Annual report on the Civil Veterinary Department, Burma (including the Insein Veterinary School) - 1932-1941
Year: 1932
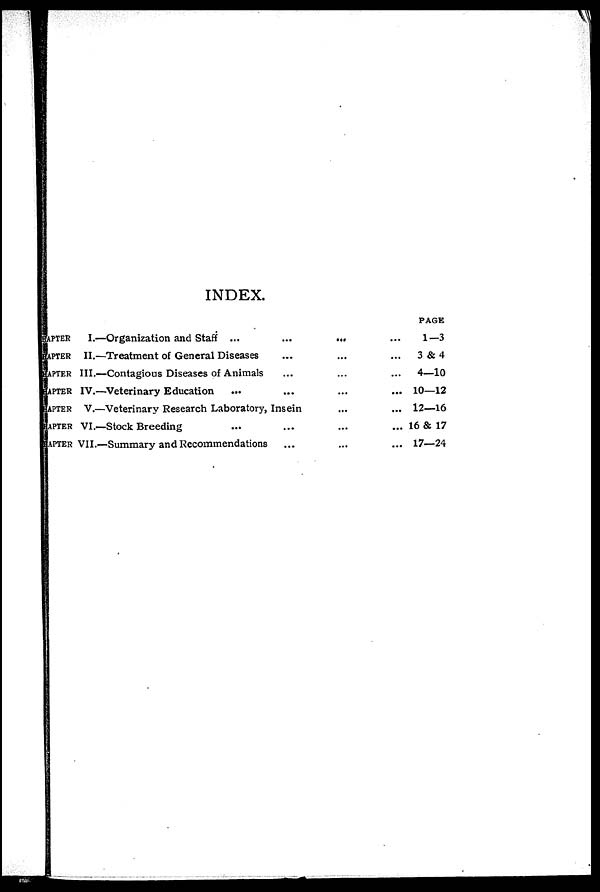
INDEX.
CHAPTER I.—Organization and Staff ...
...
CHAPTER II.—Treatment of General Diseases
...
CHAPTER III.—Contagious Diseases of Animals
...
CHAPTER IV.—Veterinary Education
...
...
CHAPTER V.—Veterinary Research Laboratory, Insein
CHAPTER VI.—Stock Breeding
...
...
CHAPTER VII.—Summary and Recommendations
...
...
...
...
...
...
...
...
...
...
...
...
...
...
...
PAGE
1—3
3 &4
4—10
10—12
12—16
16 & 17
17—24